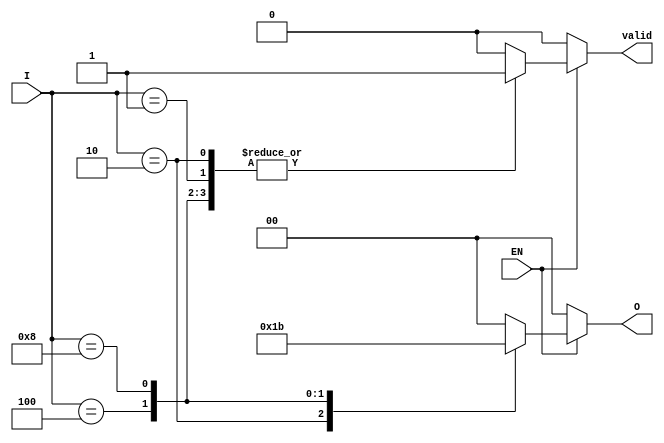
module one_of_n_encoder #(
    parameter N = 4 // Number of inputs (must be a power of 2)
)(
    input  wire [N-1:0] I,  // N input lines
    input  wire EN,         // Enable signal
    output reg [log2(N)-1:0] O, // log2(N) output lines
    output reg valid        // Output valid signal
);

// Function to calculate log2 of N
function integer log2;
    input integer value;
    begin
        log2 = 0;
        while (2**log2 < value) begin
            log2 = log2 + 1;
        end
    end
endfunction

// Always block for encoder functionality
always @(*) begin
    if (!EN) begin
        O = {log2(N){1'b0}}; // Set output to zero if EN is low
        valid = 1'b0;       // Invalid output
    end else begin
        case (I)
            4'b0001: begin O = 2'b00; valid = 1'b1; end
            4'b0010: begin O = 2'b01; valid = 1'b1; end
            4'b0100: begin O = 2'b10; valid = 1'b1; end
            4'b1000: begin O = 2'b11; valid = 1'b1; end
            default: begin O = {log2(N){1'b0}}; valid = 1'b0; end // Undefined state
        endcase
    end
end

endmodule